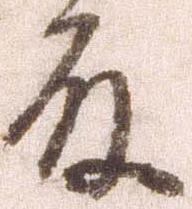
殿